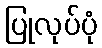
ပြုလုပ်ပုံ